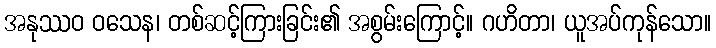
အနုဿဝ ဝသေန၊ တစ်ဆင့်ကြားခြင်း၏ အစွမ်းကြောင့်။ ဂဟိတာ၊ ယူအပ်ကုန်သော။